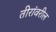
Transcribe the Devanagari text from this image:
तीरांवरील